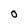
Character: 0